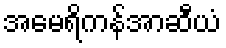
အမေရိကန်အာဆီယံ